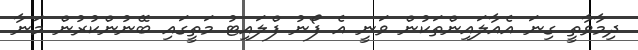
ދިމާވާތީ ގިނަ އެއާލައިންތަކުން ވަނީ އެ ފޯނު ފްލައިޓު މަތީގައި ބޭނުންކުރުން މަނާ